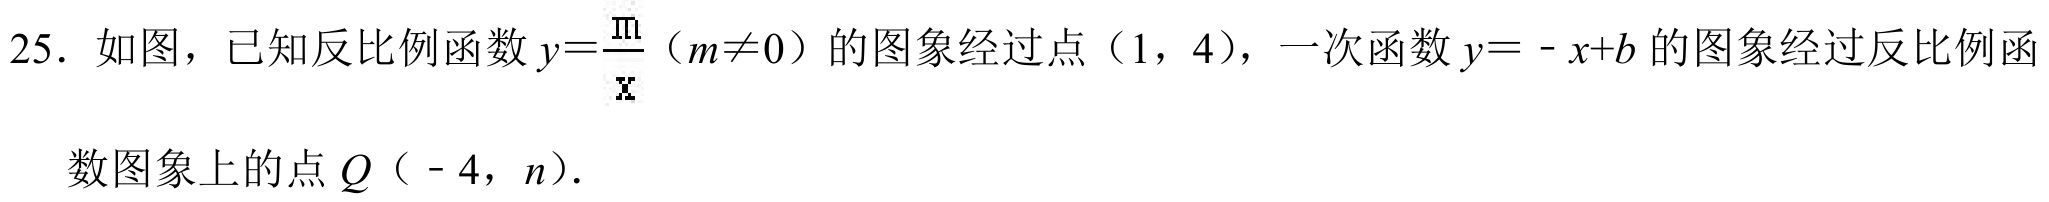
25．如图，已知反比例函数\(y = \frac{m}{x}\)（\(m\neq0\)）的图象经过点（1，4），一次函数\(y = -x + b\)的图象经过反比例函
数图象上的点\(Q\)（ - 4，\(n\)）.